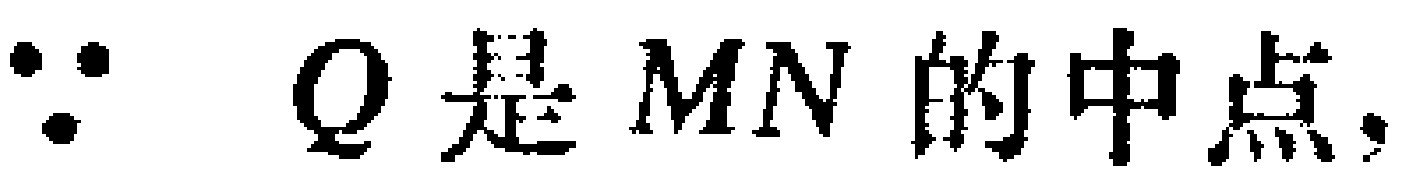
$\because Q\text{是}MN\text{的中点，}$